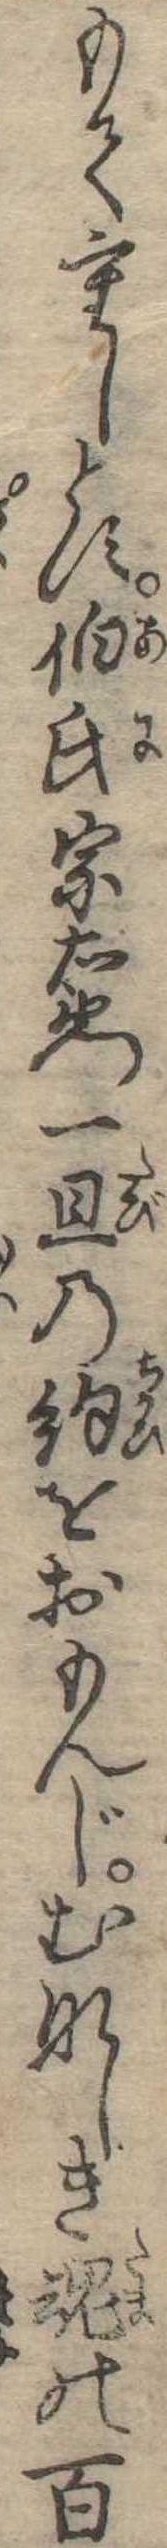
もて重しとす伯氏宗右衛門一旦の約をおもんじむなしき魂の百